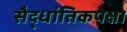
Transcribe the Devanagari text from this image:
सैद्धांतिकपेक्षा